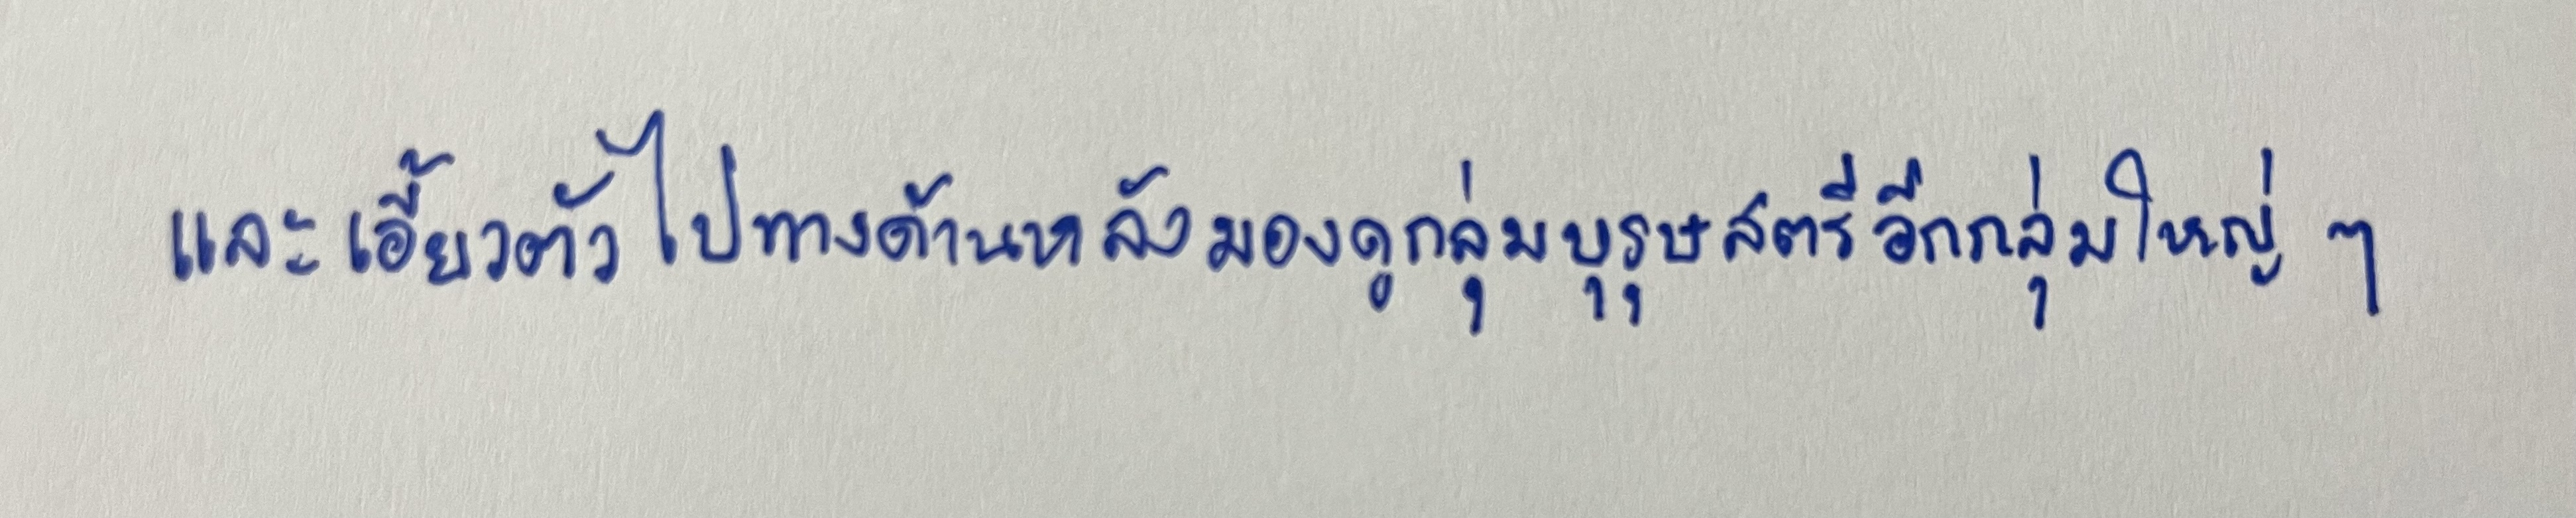
และเอี้ยวตัวไปทางด้านหลังมองดูกลุ่มบุรุษสตรีอีกกลุ่มใหญ่ๆ